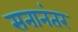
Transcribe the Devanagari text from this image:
सनानंतर